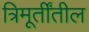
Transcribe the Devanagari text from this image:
त्रिमूर्तींतील